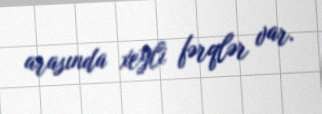
arasında xeyli fərqlər var.